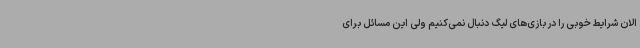
الان شرایط خوبی را در بازی‌های لیگ دنبال نمی‌کنیم ولی این مسائل برای